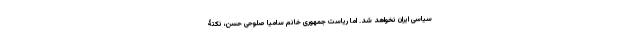
سیاسی ایران نخواهد شد. اما ریاست جمهوری خانم سامیا صلوحی حسن، نکتۀ